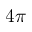
4 \pi